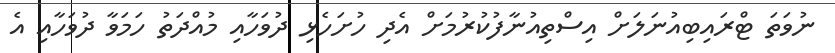
ނުވަތަ ޓްރައިބިއުނަލަށް އިސްތިއުނާފުކުރުމަށް އެދި ހުށަހެޅި ދުވަހާއި މުއްދަތު ހަމަވާ ދުވަހާއި އެ